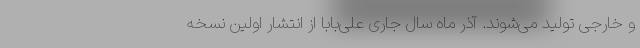
و خارجی تولید می‌شوند. آذر ماه سال جاری علی‌بابا از انتشار اولین نسخه